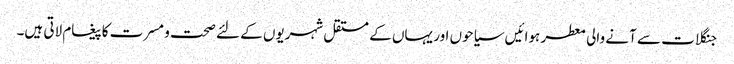
جنگلات سے آنے والی معطر ہوائیں سیاحوں اور یہاں کے مستقل شہریوں کے لئے صحت و مسرت کا پیغام لاتی ہیں۔